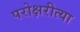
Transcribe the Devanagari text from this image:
परोक्षरीत्या